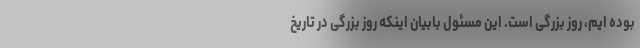
بوده ایم، روز بزرگی است. این مسئول بابیان اینکه روز بزرگی در تاریخ